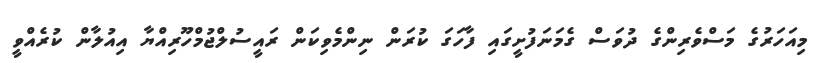
މިއަހަރުގެ މަސްވެރިންގެ ދުވަސް ގެމަނަފުށީގައި ފާހަގަ ކުރަން ނިންމެވިކަން ރައީސުލްޖުމްހޫރިއްޔާ އިއުލާން ކުރެއްވީ